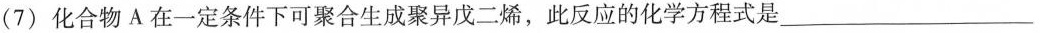
(7)化合物A在一定条件下可聚合生成聚异戊二烯，此反应的化学方程式是___